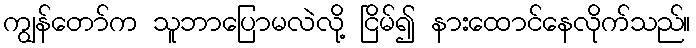
ကျွန်တော်က သူဘာပြောမလဲလို့ ငြိမ်၍ နားထောင်နေလိုက်သည်။